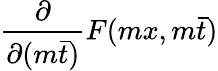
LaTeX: \frac{\partial}{\partial(m\bar{t})}F(mx,m\bar{t})